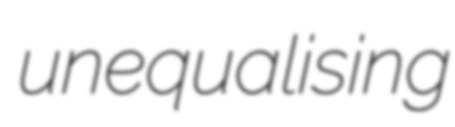
unequalising